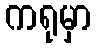
ကရုမှာ